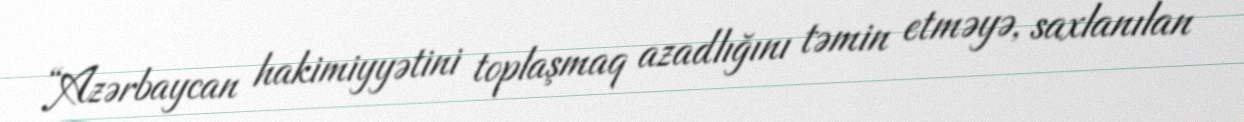
“Azərbaycan hakimiyyətini toplaşmaq azadlığını təmin etməyə, saxlanılan